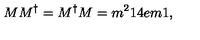
M M ^ { \dag } = M ^ { \dag } M = m ^ { 2 } 1 \kern - . 4 e m 1 ,